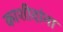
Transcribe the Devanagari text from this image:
काशीदांना